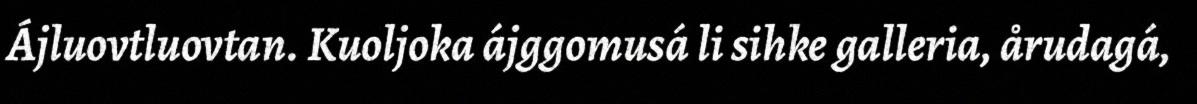
Ájluovtluovtan. Kuoljoka ájggomusá li sihke galleria, årudagá,